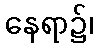
နေရာ၌၊